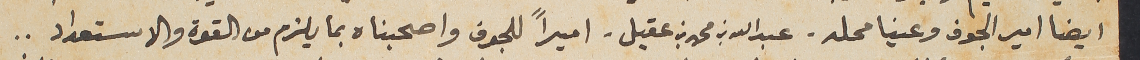
ايضا امير الجوف وعينا محله - عبدالله بن محمد بن عقيل - اميراً للجوف واصحبناه بما يلزم من القوة والاستعداد..